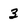
Character: 3